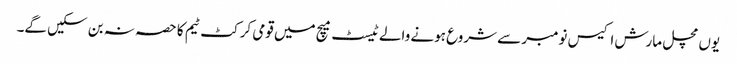
یوں مچل مارش اکیس نومبر سے شروع ہونے والے ٹیسٹ میچ میں قومی کرکٹ ٹیم کا حصہ نہ بن سکیں گے۔